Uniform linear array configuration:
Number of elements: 24
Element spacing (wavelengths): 0.75
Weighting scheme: uniform
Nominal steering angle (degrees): -30
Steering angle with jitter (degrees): -29.797
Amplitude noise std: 0.05
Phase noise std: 0.05

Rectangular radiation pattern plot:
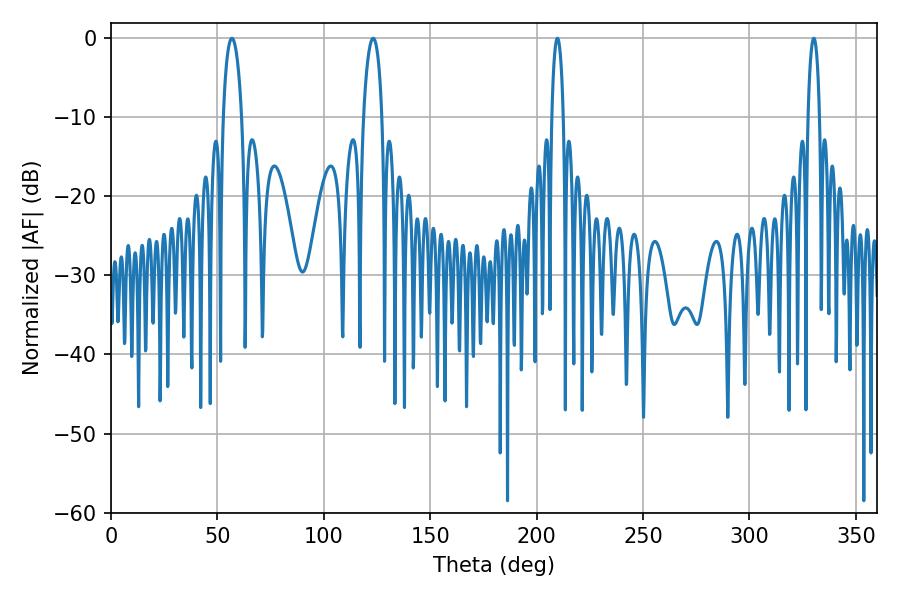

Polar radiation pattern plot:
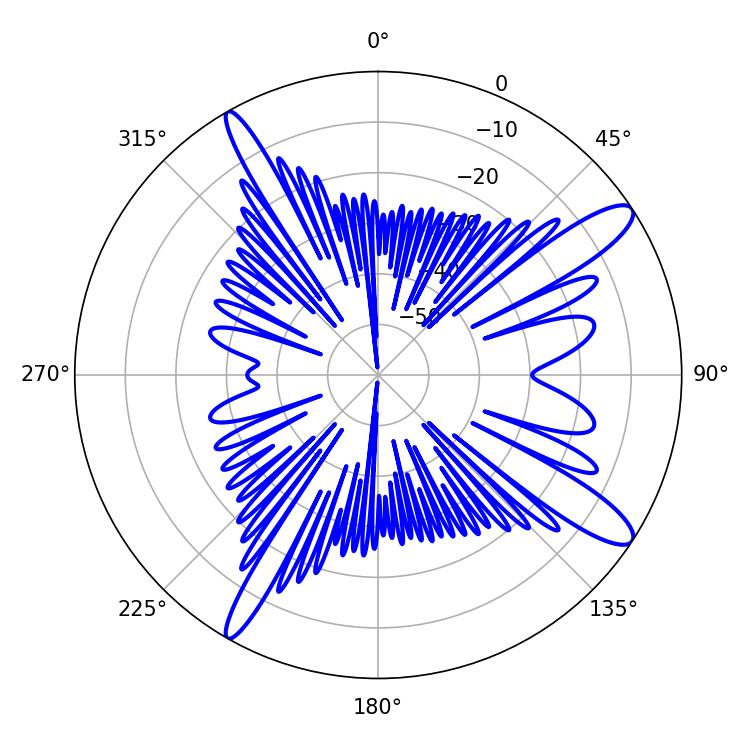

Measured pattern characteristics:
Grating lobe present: TRUE
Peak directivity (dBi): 12.716
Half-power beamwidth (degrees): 5.04
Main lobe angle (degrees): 56.88